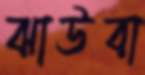
ঝাউবা